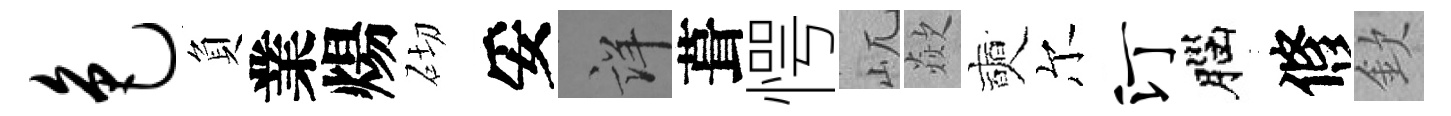
色負業煬砌妥詳葺愕屼歘奭尔汀腦修欽